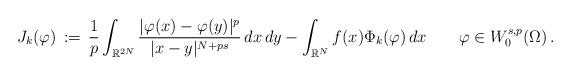
LaTeX: \begin{align*}J_k(\varphi)\,:=\,\frac{1}{p}\int_{\mathbb{R}^{2N}}\frac{|\varphi(x)-\varphi(y)|^p}{|x-y|^{N+ps}}\,dx\,dy-\int_{\mathbb{R}^{N}} f(x)\Phi_{k}(\varphi)\,dx\qquad\varphi\in W^{s,p}_0(\Omega)\,.\end{align*}